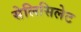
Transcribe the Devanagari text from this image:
सेलिसिलेट